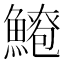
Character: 𫙫